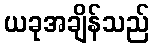
ယခုအချိန်သည်